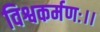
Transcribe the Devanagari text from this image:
विश्वकर्मणः।।